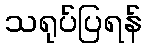
သရုပ်ပြရန်